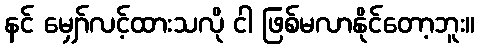
နင် မျှော်လင့်ထားသလို ငါ ဖြစ်မလာနိုင်တော့ဘူး။